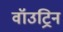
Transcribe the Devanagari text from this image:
वॉउट्रिन